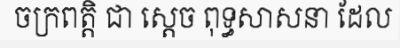
ចក្រពត្តិ ជា ស្តេច ពុទ្ធសាសនា ដែល